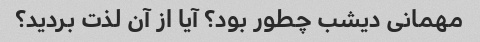
مهمانی دیشب چطور بود؟ آیا از آن لذت بردید؟